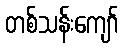
တစ်သန်းကျော်